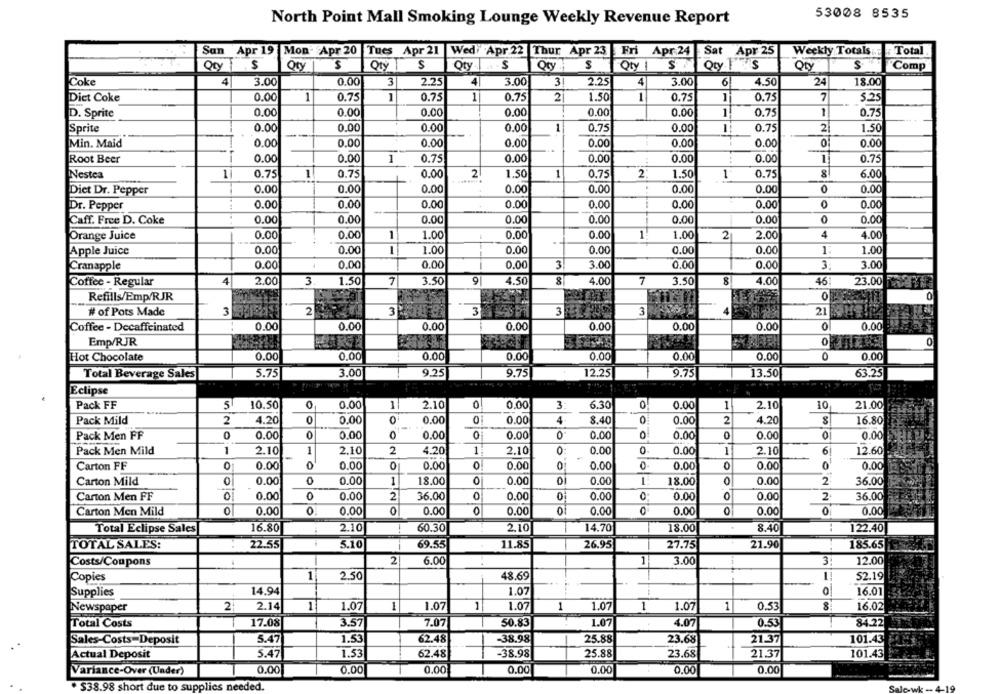
53008 8535
North Point Mall Smoking Lounge Weekly Revenue Report
San Apr 19 Mon Apr 20
Tues Apr 21 Wed Apr 22 Thur Apr 23 Fri Apr 24
Sat Apr 25
Weekly Totals ...
Total
To
Oty
$
Oty
Oty
S
Qty
.. . S
Oty
S
Qty 1
Oty
S
Comp
Coke
4
3.00
0.00
3
2.25
4
3.00
31
2.25
4
3.00
6
4.50
24
18.00
0.00
1
0.75
1
0.75
1
0.75
2
1.50
1
1
0.75
7
Diet Coke
0.75
5.25
0.00
D. Sprite
0.00
0.00
0.00
0.00
0.00
1
0.75
1
0.75
Sprite
0.00
0.00
0.00
0.00
-
0.75
0.00
1
0.75
2
1.50
Min. Maid
0.00
0.00
0.00
0.00
0.00
0.00
0.00
0
0.00
Root Beer
0.00
0.00
1
0.75
0.00
0.00
0.00
0.00
1
0.75
0.75
1
0.75
0.00
2
-
0.75
2
1
0.75
8
6.00
Nestea
1
1.50
1.50
0.00
0.00
0
Diet Dr. Pepper
0.00
0.00
0.00
0.00
0.00
0.00
Dr. Pepper
0.00
0.00
0.00
0.00
0.00
0.00
0.00
0
0.00
Caff. Free D. Coke
0.00
0.00
0.00
0.00
0.00
0.00
0.00
0
0.00
Orange Juice
0.00
0.00
1.00
0.00
0.00
1
1.00
2
2.00
4
4.00
0.00
0.00
1.00
0.00
0.00
1.00
Apple Juice
0.00
0.00
0.00
Cranapple
0.00
0.00
0.00
3
3.00
0.00
0.00
3.
3.00
Coffee - Regular
4
2.00
3
1.50
3.50
9
4.50
8
4.00
7
3.50
8
4.00
46:
23.00
Refills/Emp/RJR
0
# of Pots Made
3
3
3
3
3
0.00
0.00
0.00
0.00
0.00
0.00
0
0.00
Coffee - Decaffeinated
0.00
Emp/RJR
0
Hot Chocolate
0.00
0.00
0.00
0.00
0.00
0.00
0.00
0
0.00
Total Beverage Sales
5.75
3.00
9.25
9.75
12.25
9.75
13.50
63.25
Eclipse
Pack FF
5
10.50
0.00
1|
2.10
0
0.00
3
6.30
0
0.00
1
2.10
10
21.00
Pack Mild
2
4.20
0.00
0
0.00
0.00
4
8.40
0
0.00
2
4.20
16.80
Pack Men FF
0.00
0.00
0
0.00
0.00
0.00
0
0.00
0.00
0
0.00
Pack Men Mild
1
2.10
1
2.10
2
4.20
1
2.10
0
0.00
0.00
1
2.10
6
12.60
0
0.00
Carton FF
0
0.00
0
0.00
0.00
0.00
0
0.00
0
0.00
0.00
Carton Mild
0.00
0
0.00
1
18.00
0.00
0
0.00
18.00
0.00
2
36.00
Carton Men FF
0.00
0
0.00
2
36.00
0
0.00
0.00
0
0.00
0
0.00
2
36.00
Carton Men Mild
0
0.00
0
0.00
0
0.00
0.00
0.00
0
0.00
0
0.00
0
0.00
16.80
2.10
2.10
14.70
122.40
Total Eclipse Sales
60.30
18.00
8.40
TOTAL SALES:
..
22.55
5.10
69.55
11.85
26.95
27.75
21.90
185.65
Costs/Coupons
2
6.00
1
3.00
3:
12.00
1
2.50
1
Copies
48.69
52.19
Supplies
14.94
1.07
0
16.01
Newspaper
2
2.14
1
1.07
1
1.07
1
1.07
1.07
1
1.07
1
0.53
16.02
Total Costs
17.08
3.57
7.07
50.83
1.07
4.07
0.53
84.22
5.47
62.48
-38.98
25.88
21.37
101.43
Sales-Costs=Deposit
1.5
23.68
62.48
25.88
Actual Deposit
5.47
T.53
-38.98
23.68
21.37
101.43
Variance-Over (Under)
0.00
0.00
0.00
0.00
0.00
0.00
0.00
. $38.98 short due to supplies needed.
Salo-wk